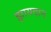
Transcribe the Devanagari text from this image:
झायदान